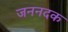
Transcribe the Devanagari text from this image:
जननदक